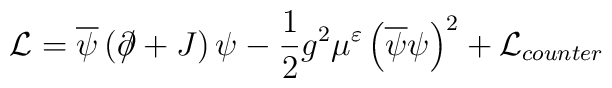
{\cal L}=\overline{\psi}\left(\partial \hspace{-0.2cm}/ +J\right)\psi-\frac{1}{2}g^{2}\mu^{\varepsilon}\left(\overline{\psi}\psi\right)^{2}+{\cal L}_{counter}